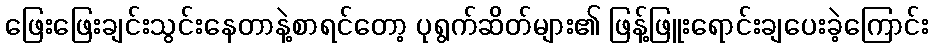
ဖြေးဖြေးချင်းသွင်းနေတာနဲ့စာရင်တော့ ပုရွက်ဆိတ်များ၏ ဖြန့်ဖြူးရောင်းချပေးခဲ့ကြောင်း